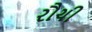
રૌચી